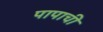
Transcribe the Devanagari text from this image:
पापाची